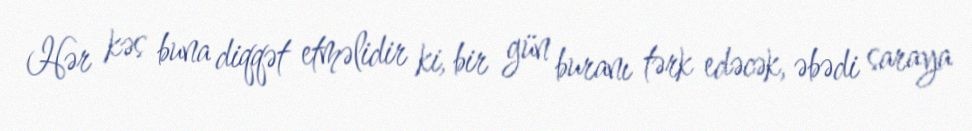
Hər kəs buna diqqət etməlidir ki, bir gün buranı tərk edəcək, əbədi saraya